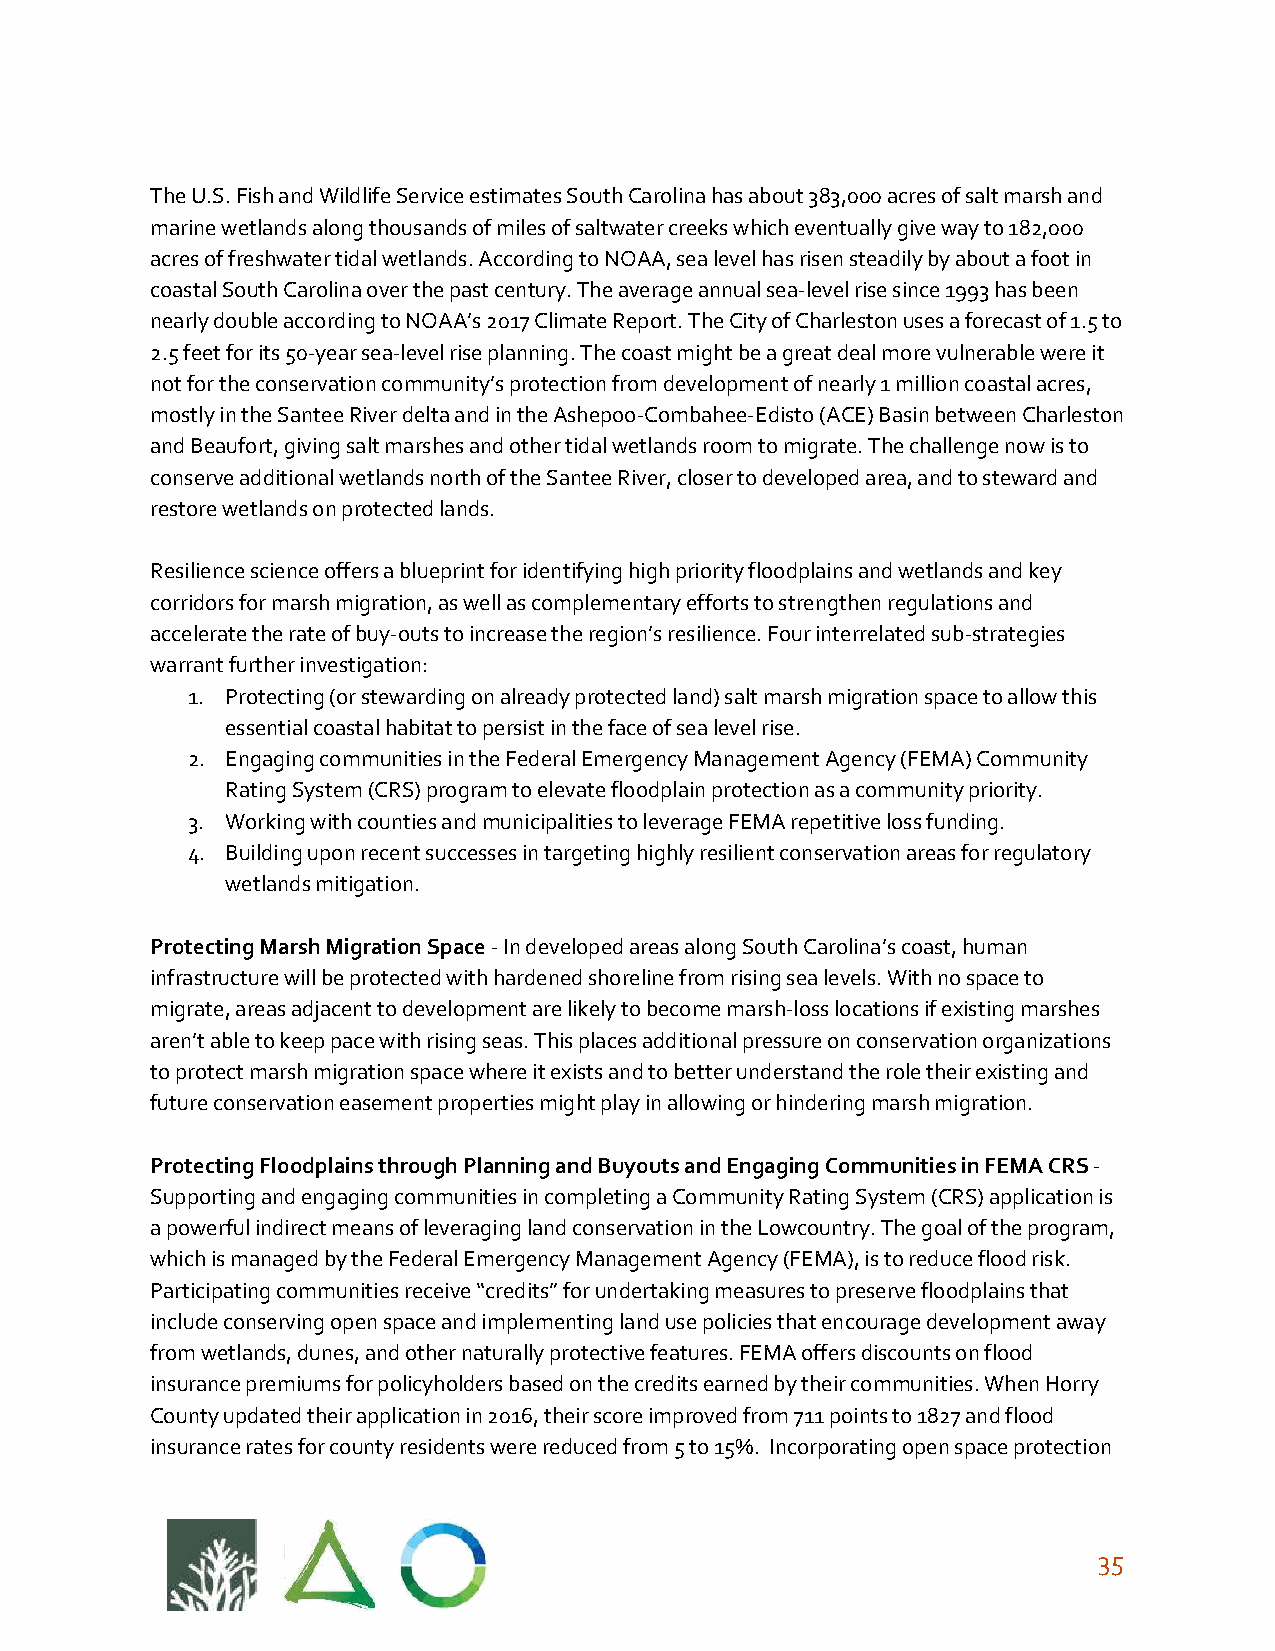
The U.S. Fish and Wildlife Service estimates South Carolina has about 383,000 acres of salt marsh and
 marine wetlands along thousands of miles of saltwater creeks which eventually give way to 182,000
 acres of freshwater tidal wetlands. According to NOAA, sea level has risen steadily by about a foot in
 coastal South Carolina over the past century. The average annual sea-level rise since 1993 has been
 nearly double according to NOAA’s 2017 Climate Report. The City of Charleston uses a forecast of 1.5 to
 2.5 feet for its 50-year sea-level rise planning. The coast might be a great deal more vulnerable were it
 not for the conservation community’s protection from development of nearly 1 million coastal acres,
 mostly in the Santee River delta and in the Ashepoo-Combahee-Edisto (ACE) Basin between Charleston
 and Beaufort, giving salt marshes and other tidal wetlands room to migrate. The challenge now is to
 conserve additional wetlands north of the Santee River, closer to developed area, and to steward and
 restore wetlands on protected lands.
 Resilience science offers a blueprint for identifying high priority floodplains and wetlands and key
 corridors for marsh migration, as well as complementary efforts to strengthen regulations and
 accelerate the rate of buy-outs to increase the region’s resilience. Four interrelated sub-strategies
 warrant further investigation:
 1. Protecting (or stewarding on already protected land) salt marsh migration space to allow this
 essential coastal habitat to persist in the face of sea level rise.
 2. Engaging communities in the Federal Emergency Management Agency (FEMA) Community
 Rating System (CRS) program to elevate floodplain protection as a community priority.
 3. Working with counties and municipalities to leverage FEMA repetitive loss funding.
 4. Building upon recent successes in targeting highly resilient conservation areas for regulatory
 wetlands mitigation.
 Protecting Marsh Migration Space - In developed areas along South Carolina’s coast, human
 ​
 infrastructure will be protected with hardened shoreline from rising sea levels. With no space to
 migrate, areas adjacent to development are likely to become marsh-loss locations if existing marshes
 aren’t able to keep pace with rising seas. This places additional pressure on conservation organizations
 to protect marsh migration space where it exists and to better understand the role their existing and
 future conservation easement properties might play in allowing or hindering marsh migration.
 Protecting Floodplains through Planning and Buyouts and Engaging Communities in FEMA CRS -
 ​
 Supporting and engaging communities in completing a Community Rating System (CRS) application is
 a powerful indirect means of leveraging land conservation in the Lowcountry. The goal of the program,
 which is managed by the Federal Emergency Management Agency (FEMA), is to reduce flood risk.
 Participating communities receive “credits” for undertaking measures to preserve floodplains that
 include conserving open space and implementing land use policies that encourage development away
 from wetlands, dunes, and other naturally protective features. FEMA offers discounts on flood
 insurance premiums for policyholders based on the credits earned by their communities. When Horry
 County updated their application in 2016, their score improved from 711 points to 1827 and flood
 insurance rates for county residents were reduced from 5 to 15%. Incorporating open space protection
 35